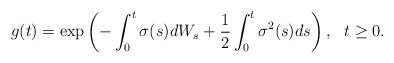
\begin{align*}g(t)=\exp \left( -\int_{0}^{t}\sigma (s)dW_{s}+\frac{1}{2}\int_{0}^{t}\sigma^{2}(s)ds\right) ,\ \ t\geq 0. \end{align*}